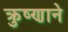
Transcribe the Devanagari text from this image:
क्रुष्णाने